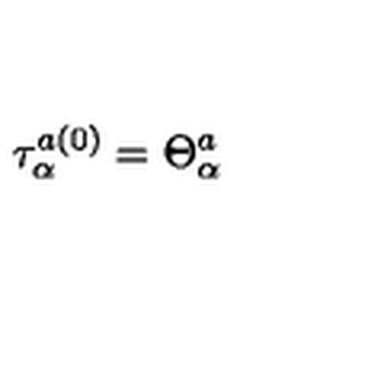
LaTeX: \tau _ { \alpha } ^ { a ( 0 ) } = \Theta _ { \alpha } ^ { a } \nonumber